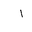
Letter: _alif